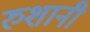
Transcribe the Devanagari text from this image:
रुशानी